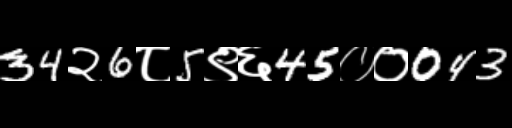
Text: 34२6८5९६45००043